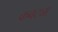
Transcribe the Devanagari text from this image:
कवट्या